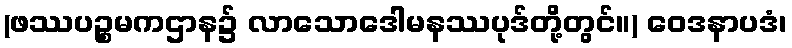
(ဖဿပဉ္စမကဌာန၌ လာသောဒေါမနဿပုဒ်တို့တွင်။) ဝေဒနာပဒံ၊